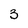
Character: 3